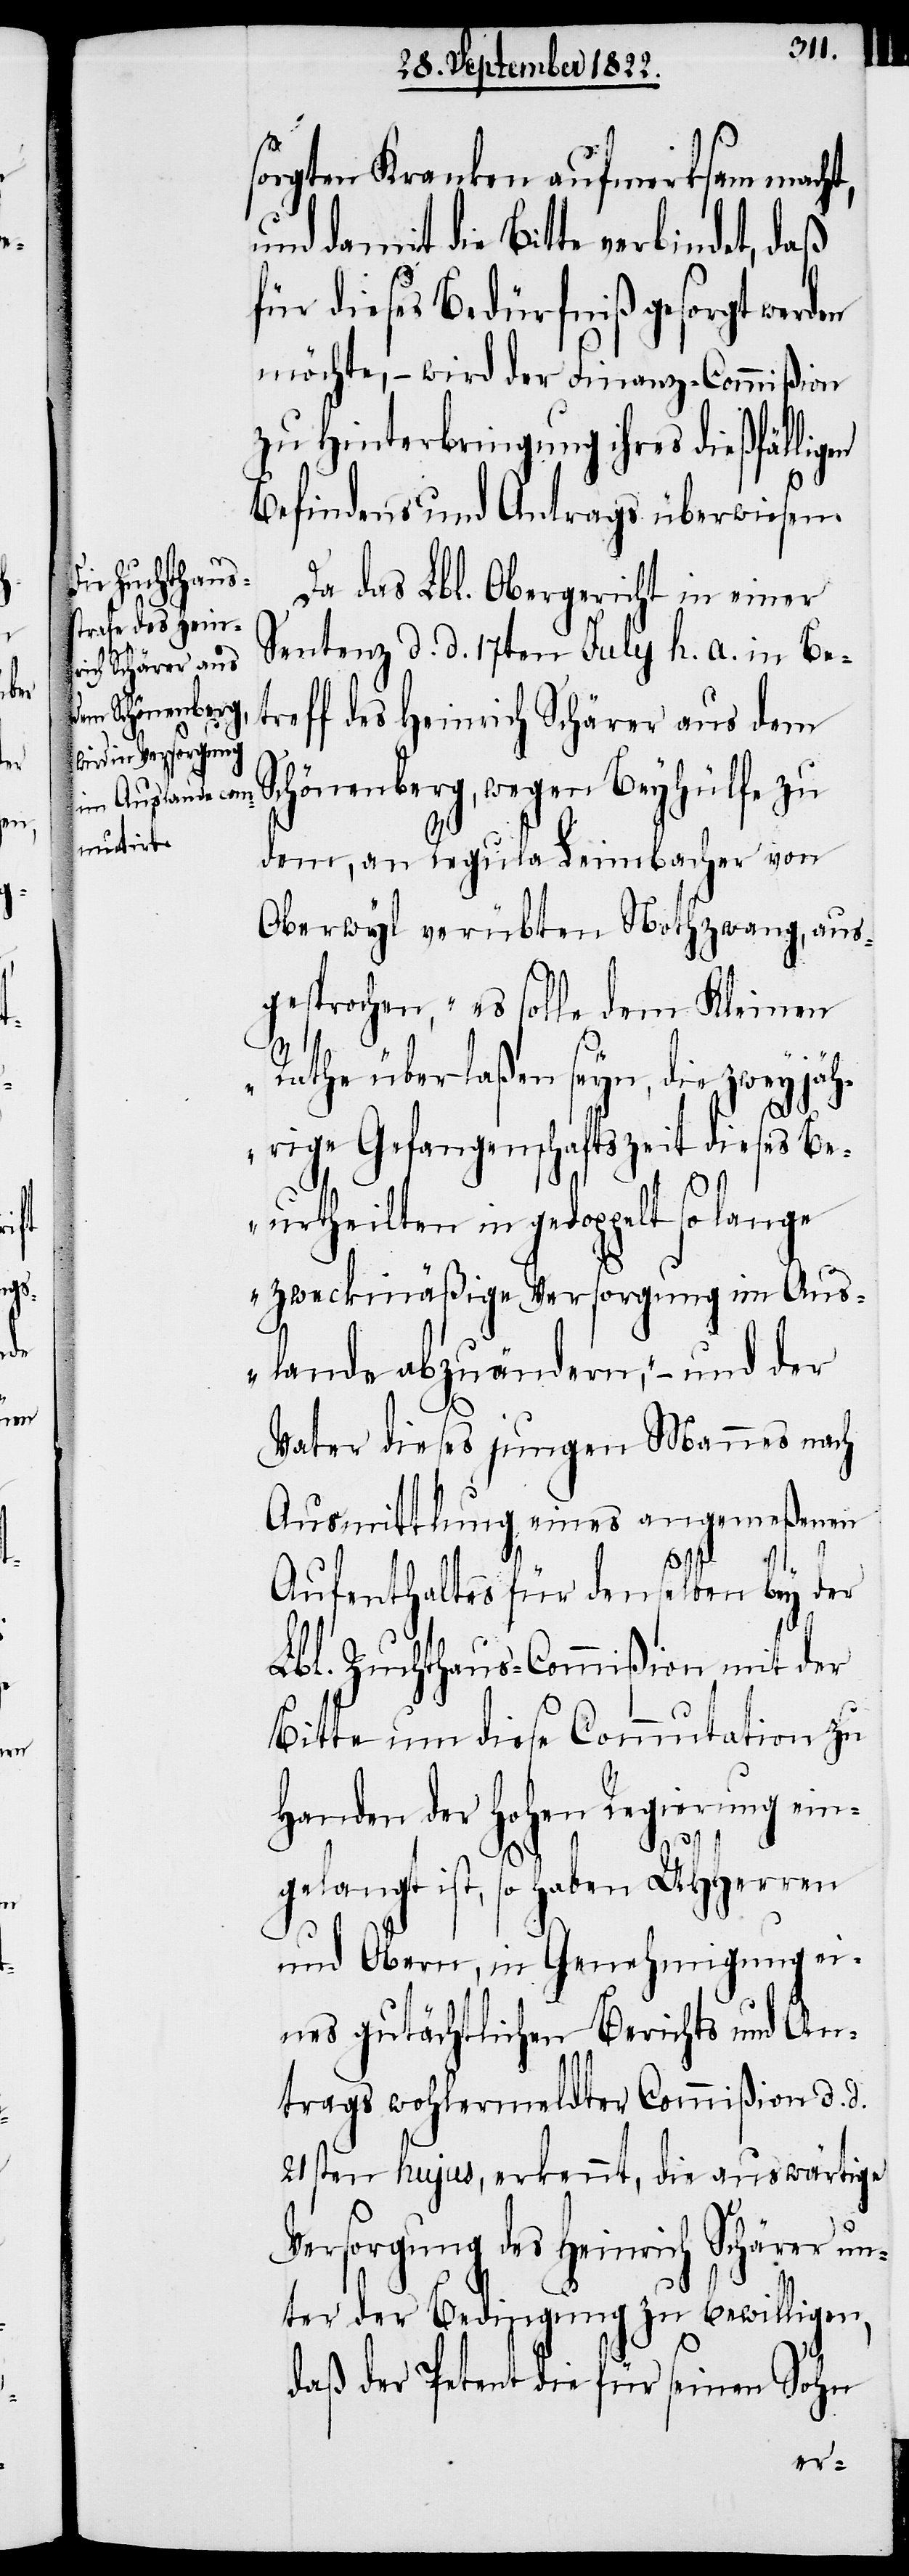
el¬

sorgten Kranken aufmerksam macht,
und damit die Bitte verbindet, daß
für dieses Bedürfniß gesorgt werden
möchte, – wird der Finanz-Commißion
zu Hinterbringung ihres dießfälligen
Befindens und Antrags überwiesen.
Da das Lbl. Obergericht in einer
Sonntag d. d. 17ten July h. a. in Be¬
treff des Heinrich Schärer aus dem
Schönenberg, wegen Beyhülfe zu
dem, an Regula Leimbacher von
Oberwyl verübten Nothzwang, aus¬
gesprochen, „es solle dem Kleinen
Rathe überlaßen seyn, die zweyjäh¬
rige Gefangenschaftszeit dieses Be¬
urtheilten in gedoppelt so lange
zweckmäßige Versorgung im Aus¬
lande abzuändern“, – und der
Vater dieses jungen Mannes nach
Ausmittlung eines angemeßenen
ben bey der
Aufenthaltes für dens¬
Lbl. Zuchthaus-Commißion mit der
Bitte um diese Commutation zu
Handen der Hohen Regierung ein¬
gelangt ist, so haben UHHerrn
und Obern, in Genehmigung ei¬
nes gutächtlichen Berichts und An¬
trags wohlermeldter Commißion d. d.
21sten hujus, erkennt, die auswärtige
Versorgung des Heinrich Schärer un¬
ter der Bedingung zu bewilligen,
daß der Petent die für seinen Sohn